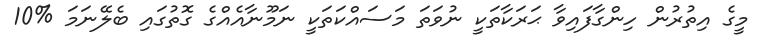
މީގެ އިތުރުން ހިންގާފައިވާ ޙަރަކާތަަކީ ނުވަތަ މަސައްކަތަކީ ނަމޫނާއެއްގެ ގޮތުގައި ބެލޭނަމަ %10